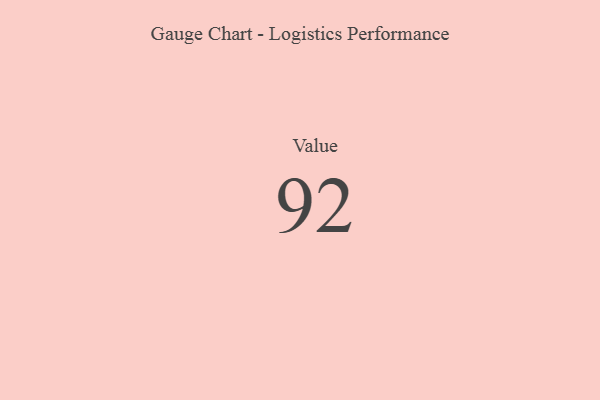
{"axis": {"x": "Metric", "y": "Value"}, "legend": [""], "data": [{"x": "Value", "y": 92, "type": ""}]}